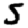
Digit: 5